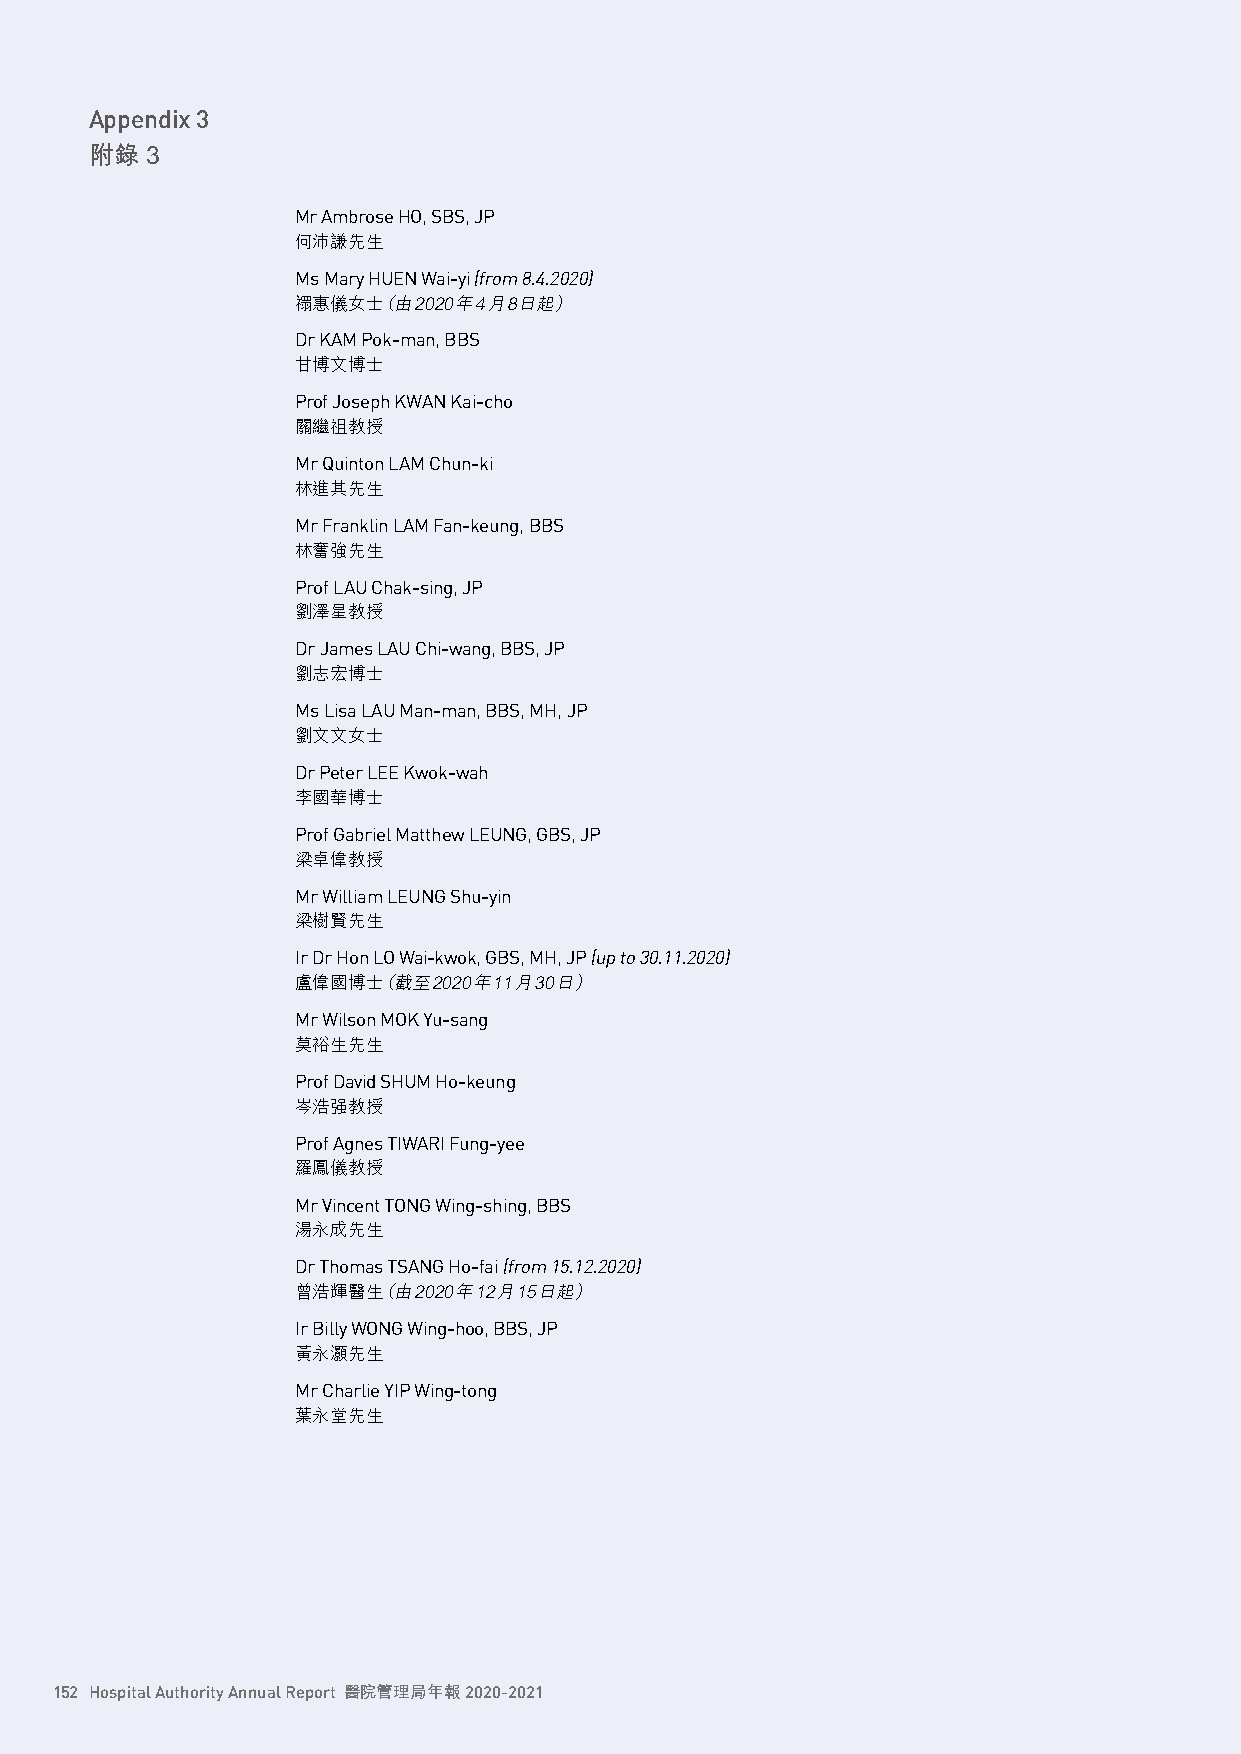
Appendix 3
 附錄  3
 Mr Ambrose HO, SBS, JP
 何沛謙先生
 Ms Mary HUEN Wai-yi (from 8.4.2020)
 禤惠儀女士（ 由2020年4月8日起）
 Dr KAM Pok-man, BBS
 甘博文博士
 Prof Joseph KWAN Kai-cho
 關繼祖教授
 Mr Quinton LAM Chun-ki
 林進其先生
 Mr Franklin LAM Fan-keung, BBS
 林奮強先生
 Prof LAU Chak-sing, JP
 劉澤星教授
 Dr James LAU Chi-wang, BBS, JP
 劉志宏博士
 Ms Lisa LAU Man-man, BBS, MH, JP
 劉文文女士
 Dr Peter LEE Kwok-wah
 李國華博士
 Prof Gabriel Matthew LEUNG, GBS, JP
 梁卓偉教授
 Mr William LEUNG Shu-yin
 梁樹賢先生
 Ir Dr Hon LO Wai-kwok, GBS, MH, JP (up to 30.11.2020)
 盧偉國博士（ 截至2020年11月30日）
 Mr Wilson MOK Yu-sang
 莫裕生先生
 Prof David SHUM Ho-keung
 岑浩强教授
 Prof Agnes TIWARI Fung-yee
 羅鳳儀教授
 Mr Vincent TONG Wing-shing, BBS
 湯永成先生
 Dr Thomas TSANG Ho-fai (from 15.12.2020)
 曾浩輝醫生（ 由2020年12月15日起）
 Ir Billy WONG Wing-hoo, BBS, JP
 黃永灝先生
 Mr Charlie YIP Wing-tong
 葉永堂先生
 152 Hospital Authority Annual Report 醫院管理局年報 2020-2021